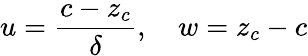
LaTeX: u=\frac{c-z_{c}}{\delta},\quad w=z_{c}-c